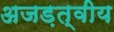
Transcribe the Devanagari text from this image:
अजड़त्वीय